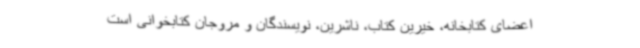
اعضای کتابخانه، خیرین کتاب، ناشرین، نویسندگان و مروجان کتابخوانی است